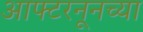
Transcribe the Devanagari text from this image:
आफ्टरनूनच्या